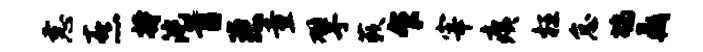
恚熹持沱首恶童擘蔌乍宰痍枉怠鸪鼎